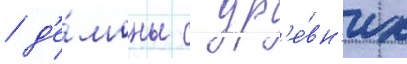
/ д'е́моны с др'е́вн'их